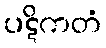
ပဋိကတံ